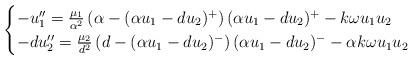
LaTeX: \begin{align*}\begin{cases} -u_1'' = \frac{\mu_1}{\alpha^2} \left(\alpha - (\alpha u_{1} - d u_2)^+\right)(\alpha u_{1} - d u_2)^+ - k \omega u_1 u_2 \\ -d u_2'' = \frac{\mu_2}{d^2} \left(d - (\alpha u_{1} - d u_2)^-\right)(\alpha u_{1} - d u_2)^- - \alpha k \omega u_1 u_2 \end{cases}\end{align*}